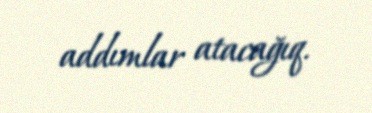
addımlar atacağıq.